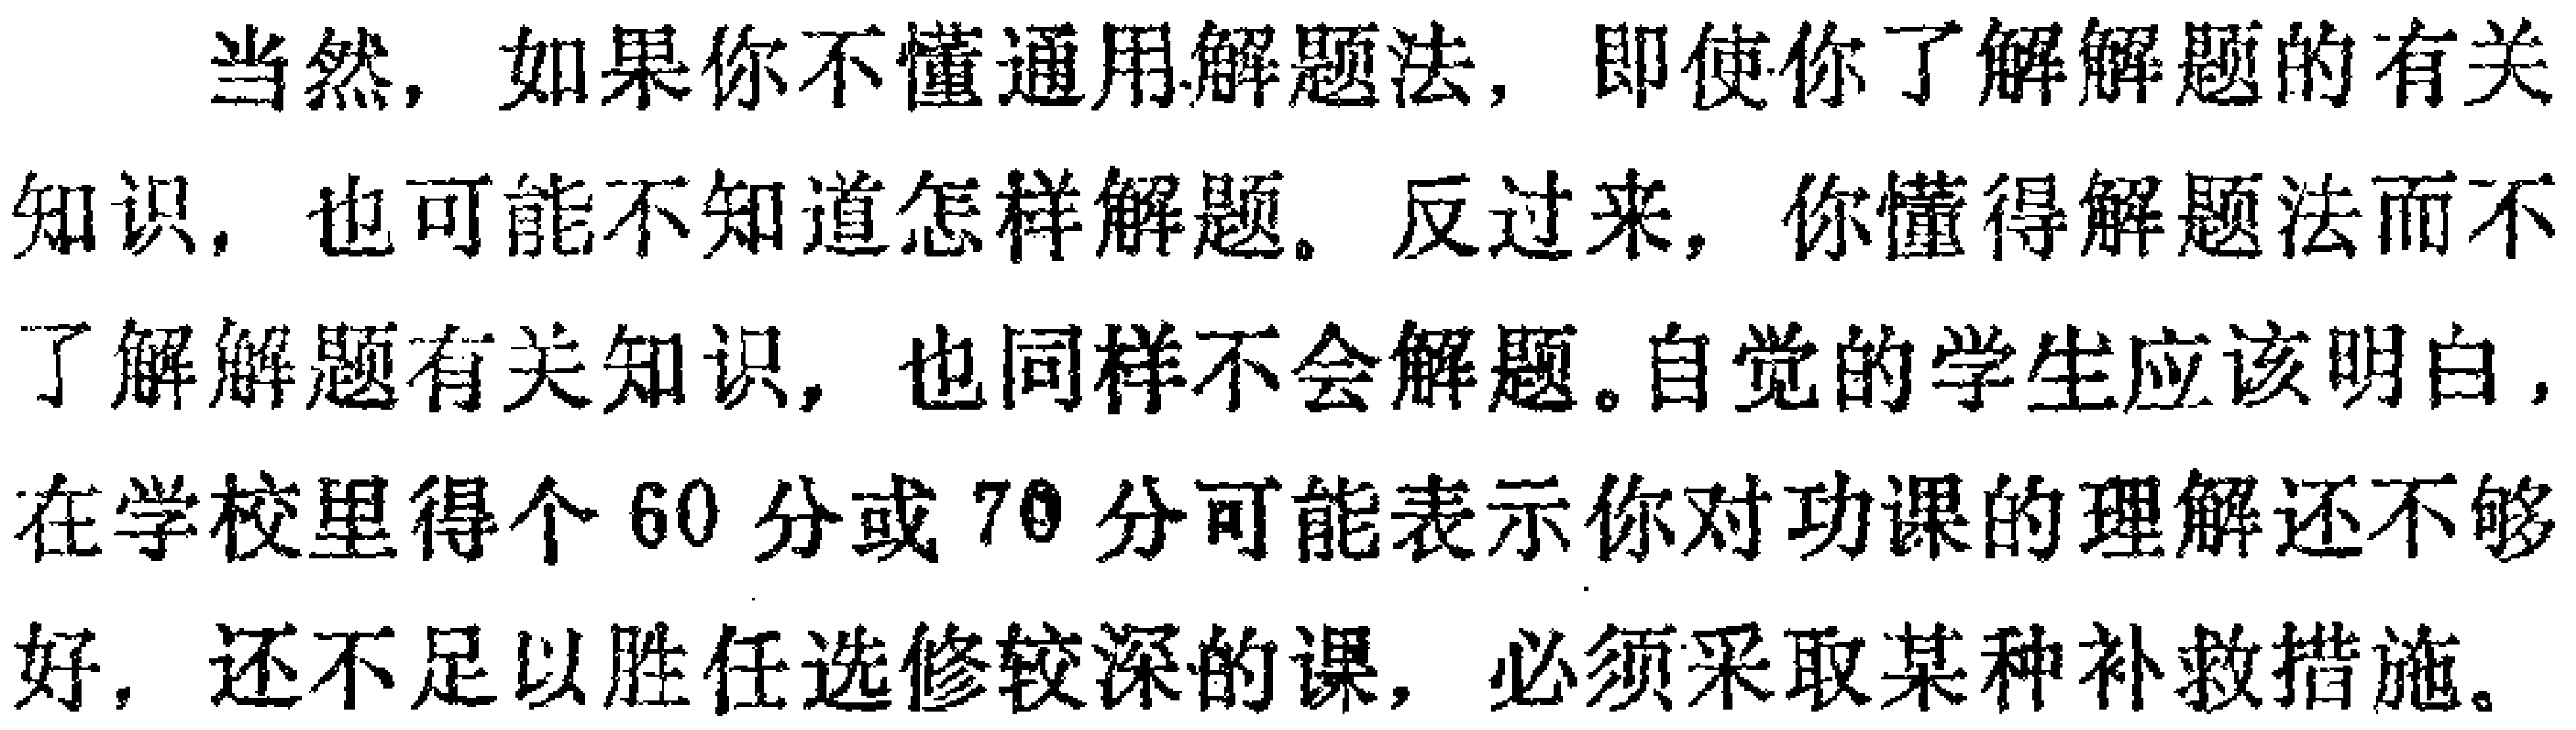
当然，如果你不懂通用解题法，即使你了解解题的有关知识，也可能不知道怎样解题。反过来，你懂得解题法而不了解解题有关知识，也同样不会解题。自觉的学生应该明白，在学校里得个60分或70分可能表示你对功课的理解还不够好，还不足以胜任选修较深的课，必须采取某种补救措施。